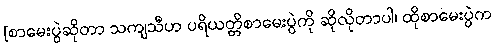
[စာမေးပွဲဆိုတာ သကျသီဟ ပရိယတ္တိစာမေးပွဲကို ဆိုလိုတာပါ၊ ထိုစာမေးပွဲက